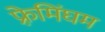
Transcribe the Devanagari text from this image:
फ़्रेमिंघम